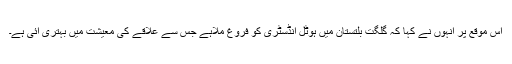
اس موقع پر انہوں نے کہا کہ گلگت بلتستان میں ہوٹل انڈسٹری کو فروغ ملاہے جس سے علاقے کی معیشت میں بہتری آئی ہے۔